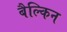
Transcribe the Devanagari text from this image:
बैल्किन